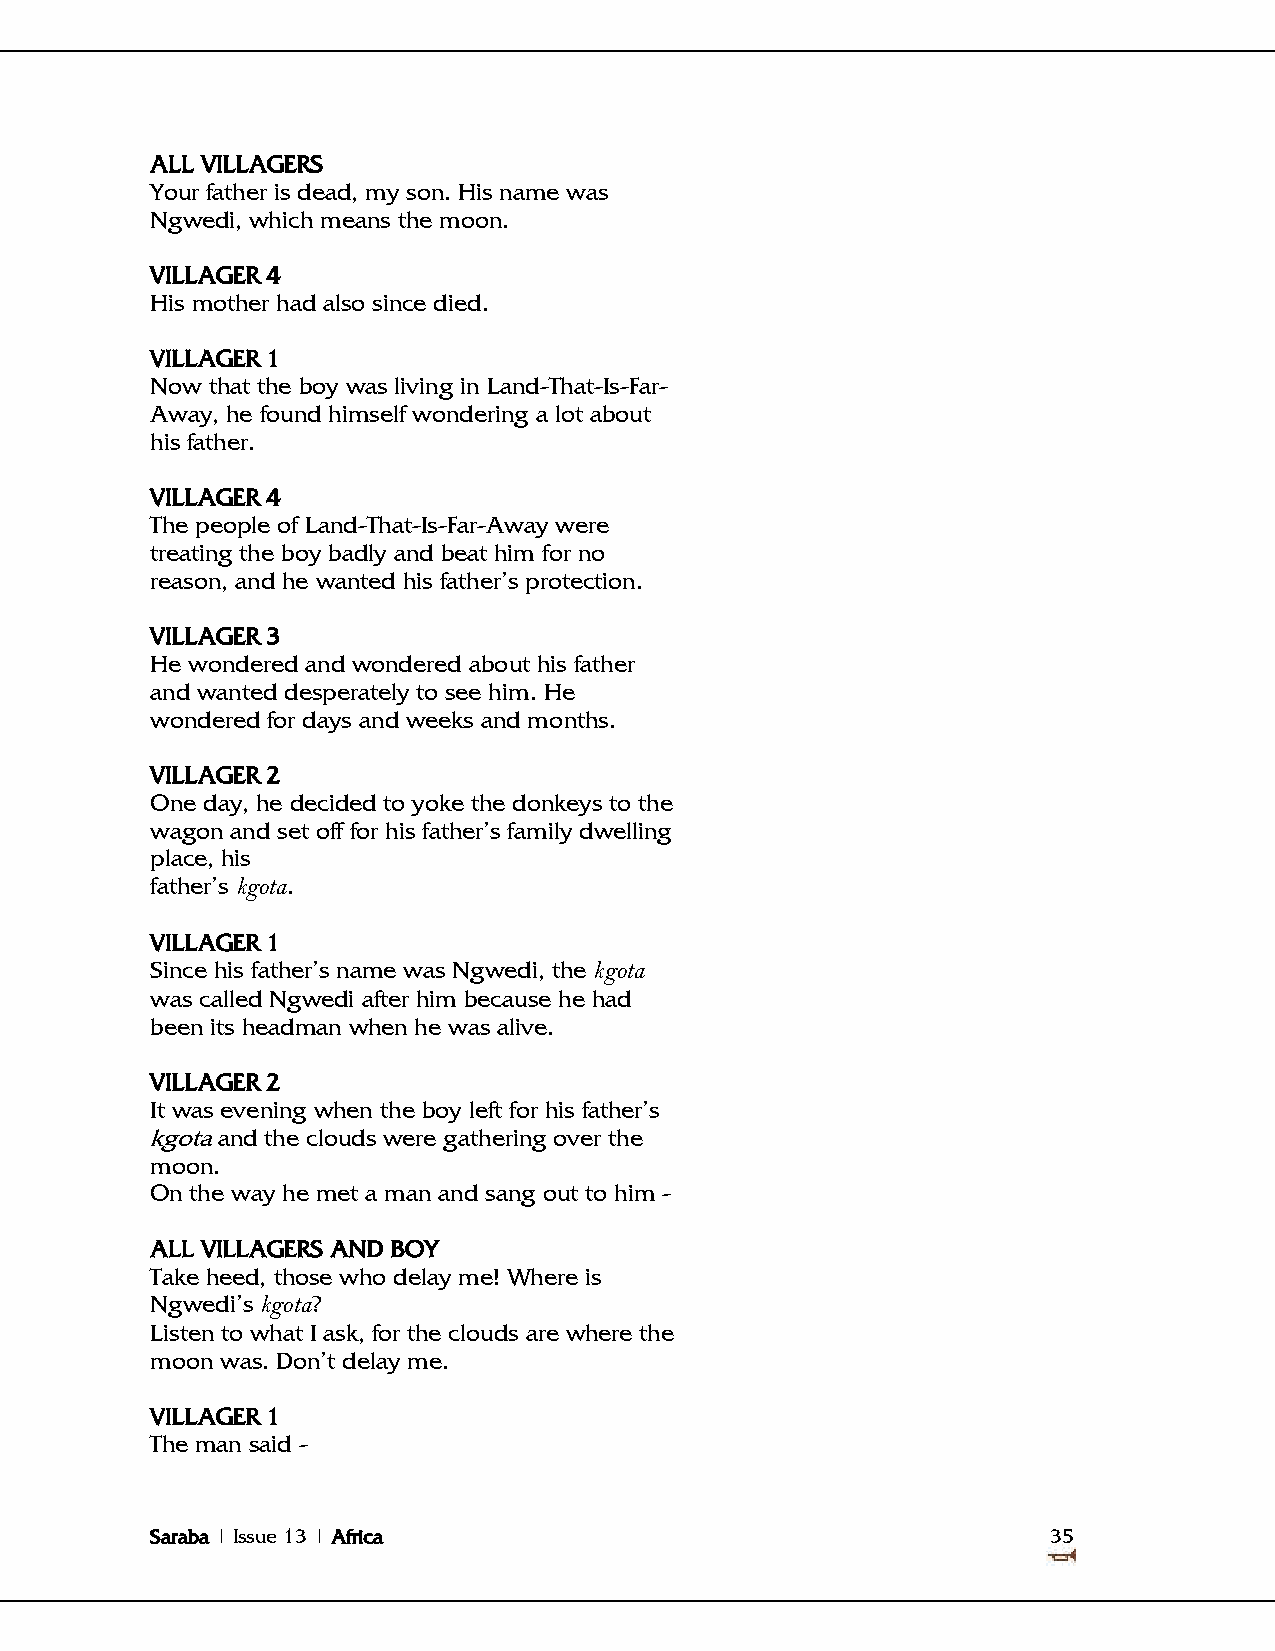
ALL VILLAGERS
 Your father is dead, my son. His name was
 Ngwedi, which means the moon.
 VILLAGER 4
 His mother had also since died.
 VILLAGER 1
 Now that the boy was living in Land-That-Is-Far-
 Away, he found himself wondering a lot about
 his father.
 VILLAGER 4
 The people of Land-That-Is-Far-Away were
 treating the boy badly and beat him for no
 reason, and he wanted his father‘s protection.
 VILLAGER 3
 He wondered and wondered about his father
 and wanted desperately to see him. He
 wondered for days and weeks and months.
 VILLAGER 2
 One day, he decided to yoke the donkeys to the
 wagon and set off for his father‘s family dwelling
 place, his
 father‘s kgota.
 VILLAGER 1
 Since his father‘s name was Ngwedi, the kgota
 was called Ngwedi after him because he had
 been its headman when he was alive.
 VILLAGER 2
 It was evening when the boy left for his father‘s
 kgota and the clouds were gathering over the
 moon.
 On the way he met a man and sang out to him -
 ALL VILLAGERS AND BOY
 Take heed, those who delay me! Where is
 Ngwedi‘s kgota?
 Listen to what I ask, for the clouds are where the
 moon was. Don‘t delay me.
 VILLAGER 1
 The man said -
 Saraba | Issue 13 | Africa                                  35